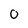
Character: 0